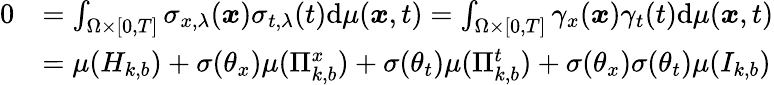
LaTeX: \begin{array}{rl}{0}&{=\int_{\Omega\times[0,T]}\sigma_{x,\lambda}(\boldsymbol{x})\sigma_{t,\lambda}(t)\mathrm{d}\mu(\boldsymbol{x},t)=\int_{\Omega\times[0,T]}\gamma_{x}(\boldsymbol{x})\gamma_{t}(t)\mathrm{d}\mu(\boldsymbol{x},t)}\\ &{=\mu(H_{k,b})+\sigma(\theta_{x})\mu(\Pi_{k,b}^{x})+\sigma(\theta_{t})\mu(\Pi_{k,b}^{t})+\sigma(\theta_{x})\sigma(\theta_{t})\mu(I_{k,b})}\end{array}